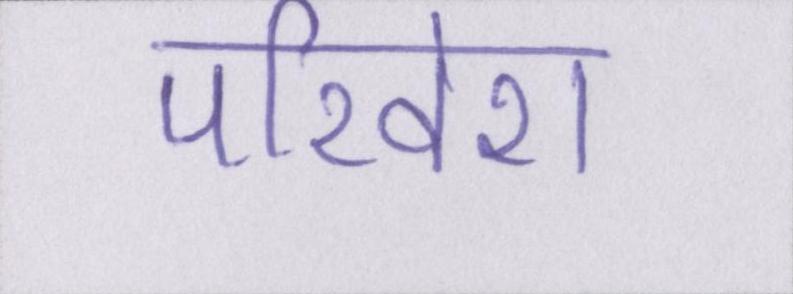
परिवेश